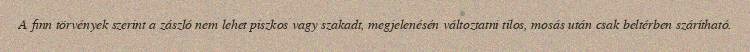
A finn törvények szerint a zászló nem lehet piszkos vagy szakadt, megjelenésén változtatni tilos, mosás után csak beltérben szárítható.